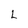
Character: L